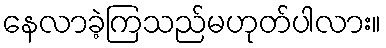
နေလာခဲ့ကြသည်မဟုတ်ပါလား။